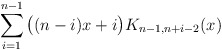
\begin{align*}\sum_{i=1}^{n-1} \big( (n-i)x+i \big) K_{n-1,n+i-2}(x)\end{align*}